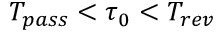
T _ { p a s s } < \tau _ { 0 } < T _ { r e v }